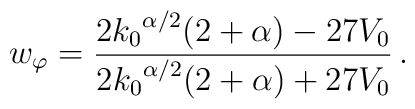
w_{\varphi} = \frac{2{k_{0}}^{\alpha/2} (2 + \alpha) -27V_0}{2{k_{0}}^{\alpha/2} (2 + \alpha) + 27V_0} \,.